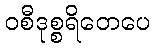
ဝစီဒုစ္စရိတေပေ